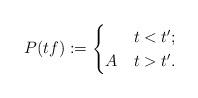
LaTeX: \begin{align*} P(tf):=\begin{cases} & t < t';\\A & t > t'.\end{cases}\end{align*}